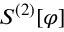
S ^ { ( 2 ) } [ \varphi ]